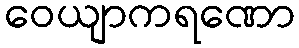
ဝေယျာကရဏော